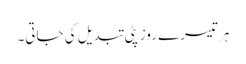
ہر تیسرے روز پٹی تبدیل کی جاتی۔